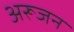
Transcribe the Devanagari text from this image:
अरूजन